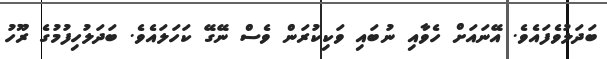
ބަދަލުވެފައެވެ. އޭނައަށް ހެވާއި ނުބައި ވަކިކުރަން ވެސް ނޭގޭ ކަހަލައެވެ. ބަދަލުހިފުމުގެ ރޫހު